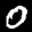
Label: 0